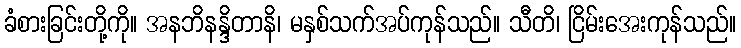
ခံစားခြင်းတို့ကို။ အနဘိနန္ဒိတာနိ၊ မနှစ်သက်အပ်ကုန်သည်။ သီတိ၊ ငြိမ်းအေးကုန်သည်။